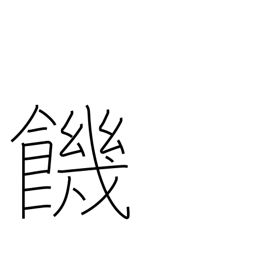
Meaning: thirst